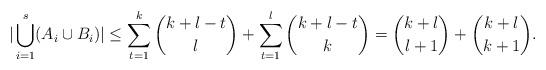
LaTeX: \begin{align*}|\bigcup_{i=1}^s(A_i\cup B_i)|\le \sum_{t=1}^k\binom{k+l-t}{l}+\sum_{t=1}^l\binom{k+l-t}{k}= \binom{k+l}{l+1}+\binom{k+l}{k+1}.\end{align*}